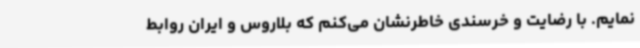
نمایم. با رضایت و خرسندی خاطرنشان می‌کنم که بلاروس و ایران روابط